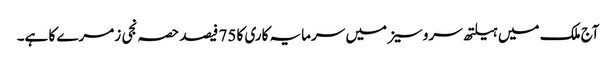
آج ملک میں ہیلتھ سروسیز میں سرمایہ کاری کا 75 فیصد حصہ نجی زمرے کا ہے۔